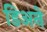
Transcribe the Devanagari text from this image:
डिअने